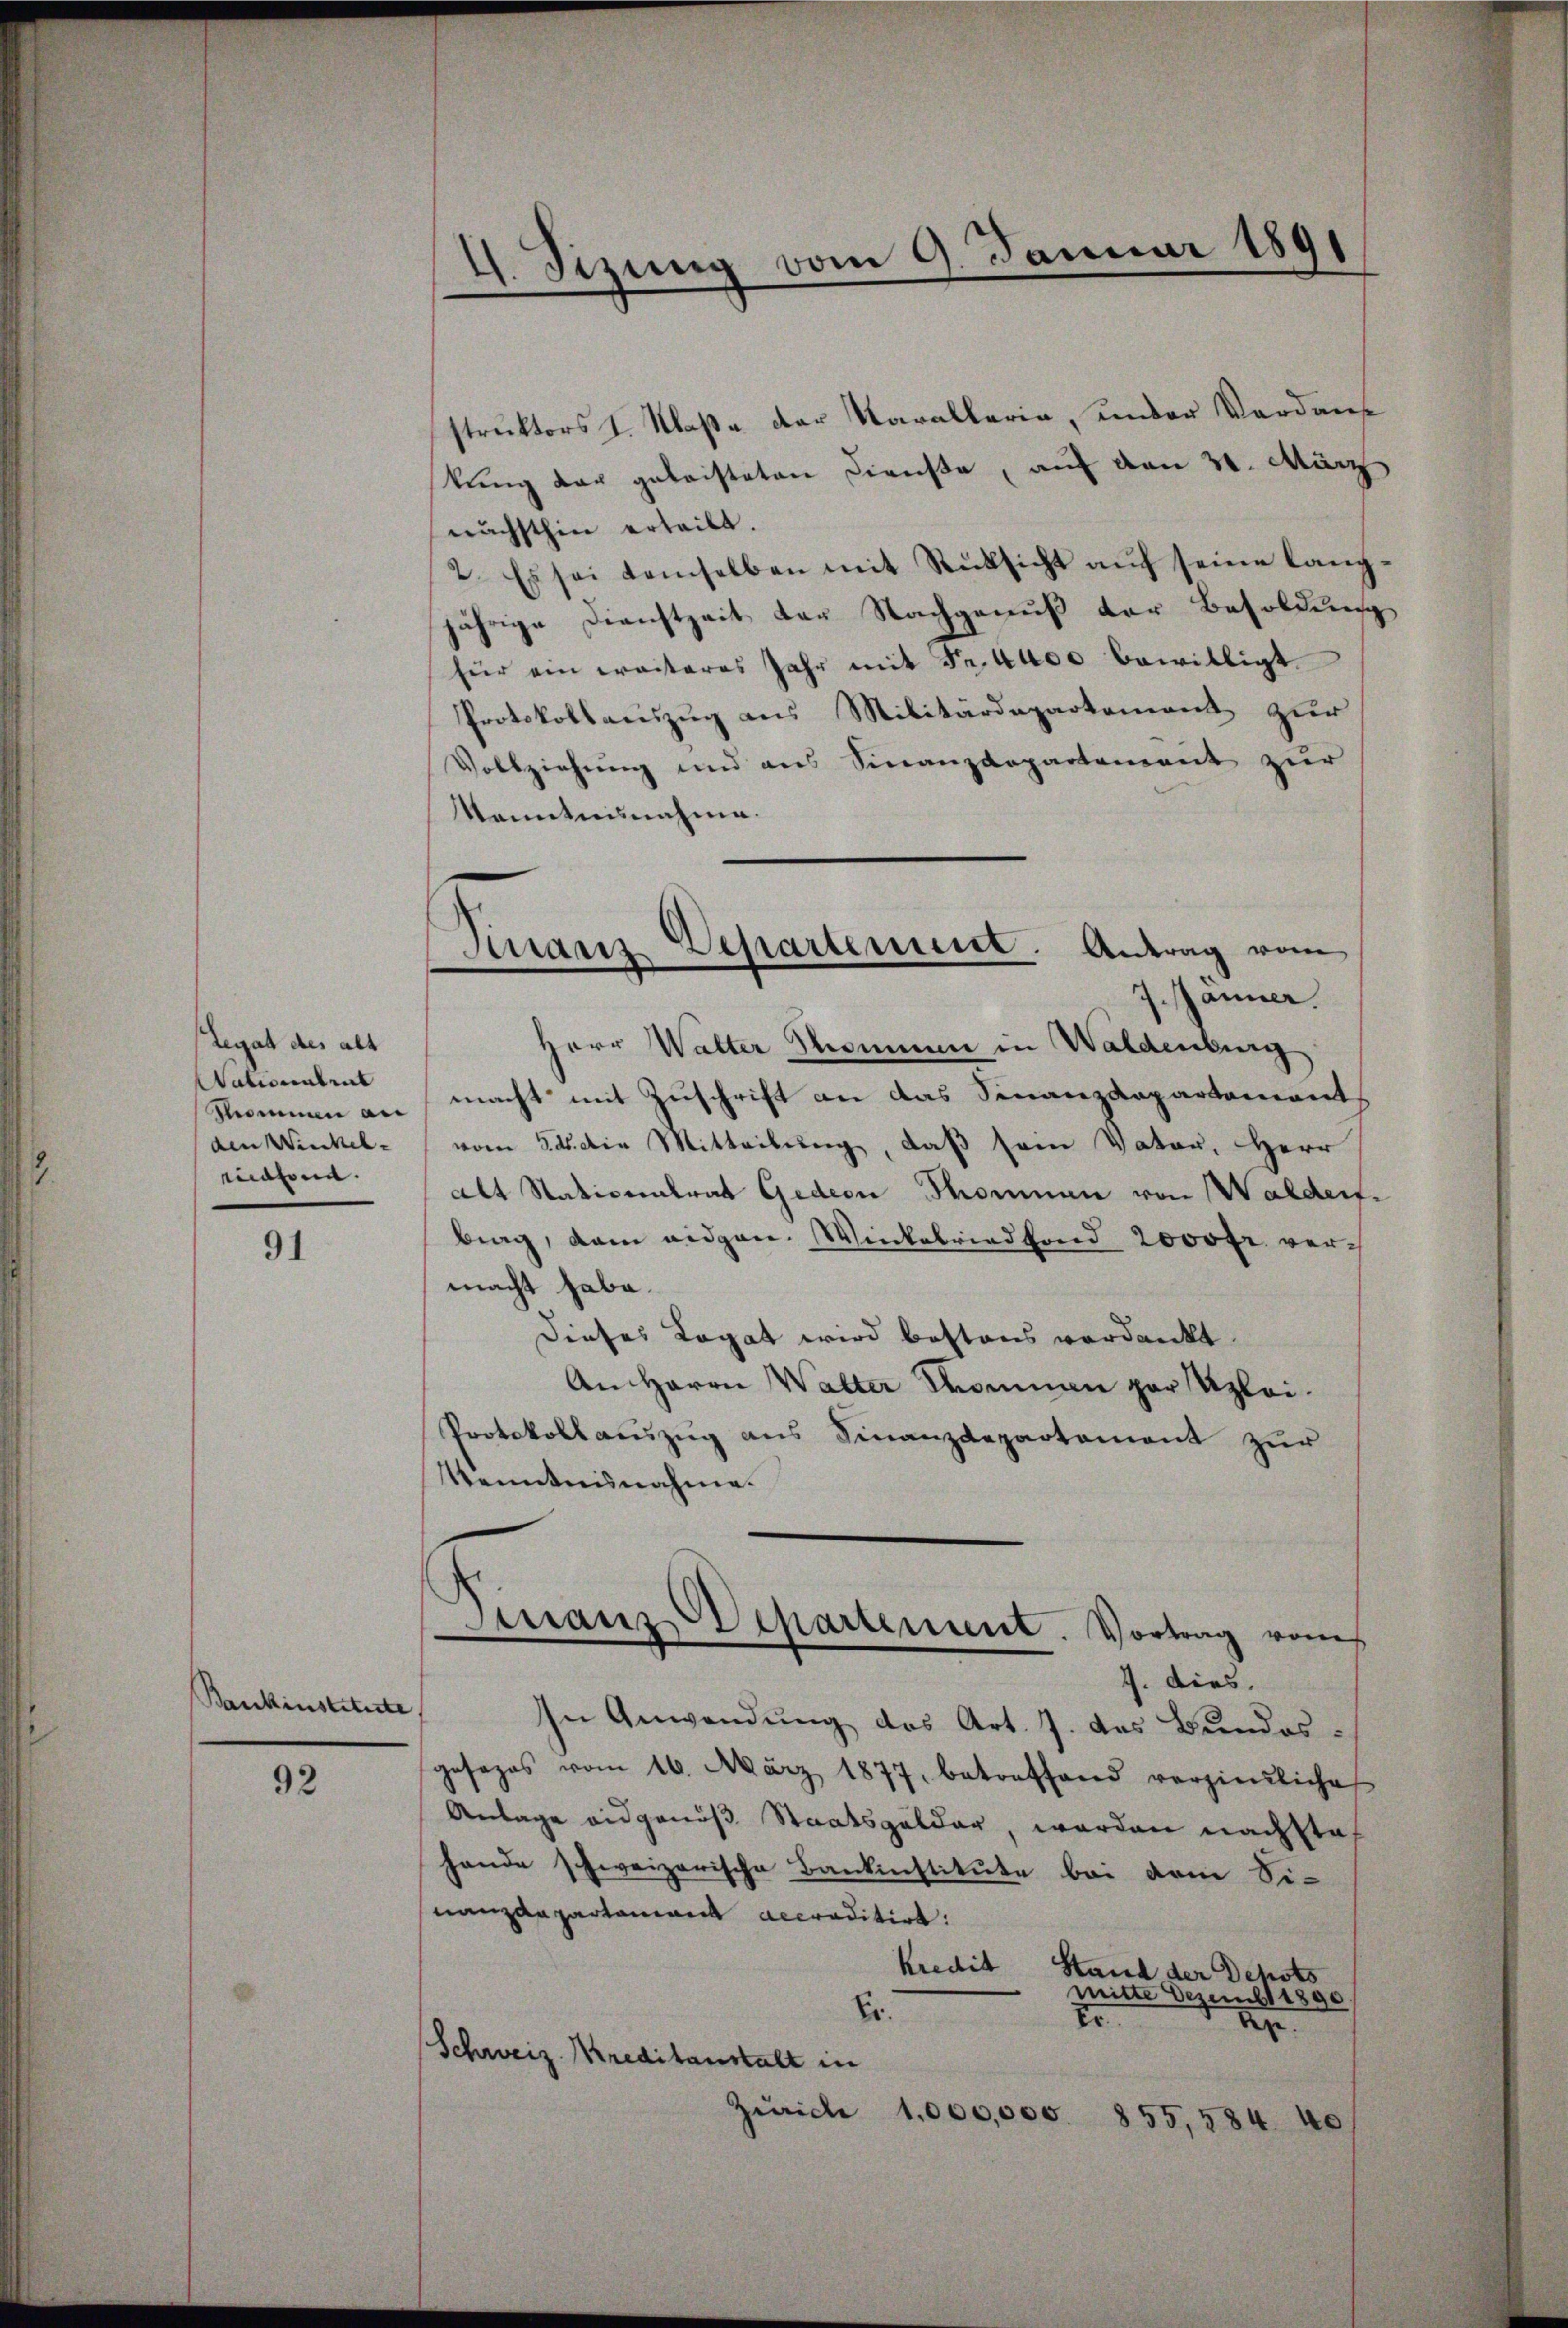
Legat des alt
Nationatens
Pommen an
den Winkel- |
idone.

91

Bankinstitute

92

4. Sizung vom 9. Januar 1891

struktors I. Klaße der Karallaria, under Verdanf
kŭng der geleisteten Dienste, auf den 31. März
nächsthin erleibt.
2. Es sei demselben mit Rücksicht aŭf seine lang-
jährige Dienstzeit der Nachgenuß der Besoldung
für ein weiteres Jahr mit Fr. 4400 bewilligt.
Protokollauszug aus Militärdepartement zur
Vollziehung und aus Finanzdepartement zur
Kenntnisnahme.
Herr Walter Thommen in Waldenburg
macht mit Zuschrift an das Finanzdepartements
vom 24. die Mitteilung, daß sein Vater, Herr
alt Nativendrat Gedern Thonnen von Waldert.
brag, dem eidgen. Winkelriedfond 2000fr. vermacht habe.
Dieses Legat wird bestens verdankt.
An Herrn Walter Kommann par Klei¬
Protokollauszug aus Finanzdepartement zur
Kenntnisnahme.
n
Manz Departement. Vortrag vom
J. dies
In Anwendung des Art. 7. das Bundes-
gesezes vom 16. März 1877, betreffend verhindliche
Anlage eidgenöß Staatsgelder, worden nachsta
hande schweizerische Bankinstitute bei dene Si-
nanzdepartamant accreditirt:
kredit
Stand der Depots
mitte Dezemb. 1890.
Er.
Er
bez.
Schweiz. Kreditanstalt in
Zürich 1,000,000. 855, 584 40

Finanz Departement. Antrag vom
7. Jänner.